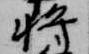
将